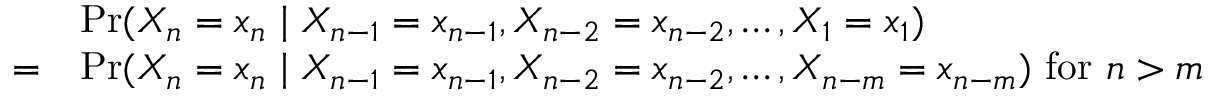
{ \begin{array} { r l } & { \operatorname* { P r } ( X _ { n } = x _ { n } \mid X _ { n - 1 } = x _ { n - 1 } , X _ { n - 2 } = x _ { n - 2 } , \dots , X _ { 1 } = x _ { 1 } ) } \\ { = } & { \operatorname* { P r } ( X _ { n } = x _ { n } \mid X _ { n - 1 } = x _ { n - 1 } , X _ { n - 2 } = x _ { n - 2 } , \dots , X _ { n - m } = x _ { n - m } ) { \mathrm { ~ f o r ~ } } n > m } \end{array} }